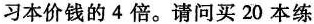
习本价钱的4倍。请问买20本练